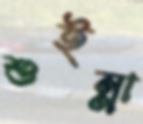
শুইন্না